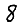
Digit: 8